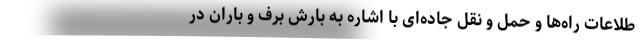
طلاعات راه‌ها و حمل ‌و نقل جاده‌ای با اشاره به بارش برف و باران در